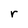
Character: r